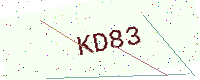
Text: KD83